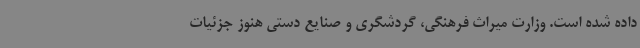
داده شده است. وزارت میراث فرهنگی، گردشگری و صنایع دستی هنوز جزئیات